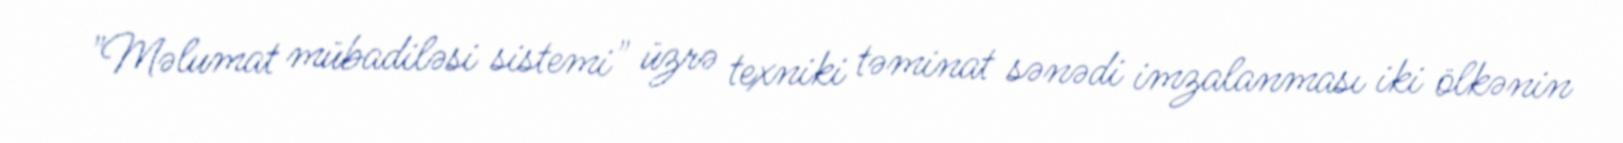
"Məlumat mübadiləsi sistemi" üzrə texniki təminat sənədi imzalanması iki ölkənin